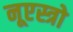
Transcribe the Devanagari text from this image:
नूएस्त्रो